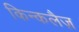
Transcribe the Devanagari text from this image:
किन्कलैज़